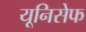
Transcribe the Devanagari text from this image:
यूनिसेेफ